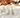
إزاء